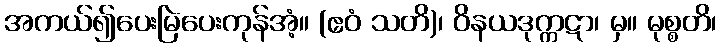
အကယ်၍ပေးမြဲပေးကုန်အံ့။ (ဧဝံ သတိ)၊ ဝိနယဒုက္ကဋာ၊ မှ။ မုစ္စတိ၊